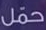
حمل